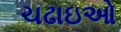
ચઢાઇઓ